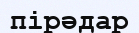
пірәдар